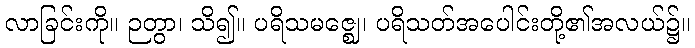
လာခြင်းကို။ ဉတွာ၊ သိ၍။ ပရိသမဇ္ဈေ၊ ပရိသတ်အပေါင်းတို့၏အလယ်၌။